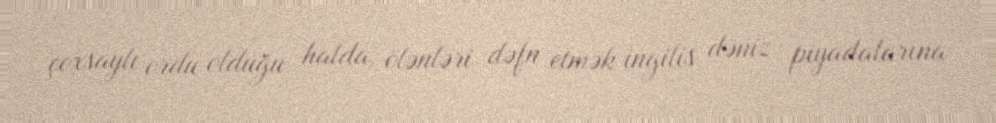
çoxsaylı ordu olduğu halda, ölənləri dəfn etmək ingilis dəniz piyadalarına